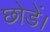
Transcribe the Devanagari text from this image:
छोडें।